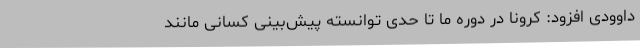
داوودی افزود: کرونا در دوره ما تا حدی توانسته پیش‌بینی کسانی مانند